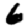
Digit: 6